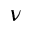
\nu